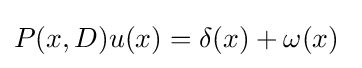
P(x,D){u(x)}=\delta (x)+\omega (x)~